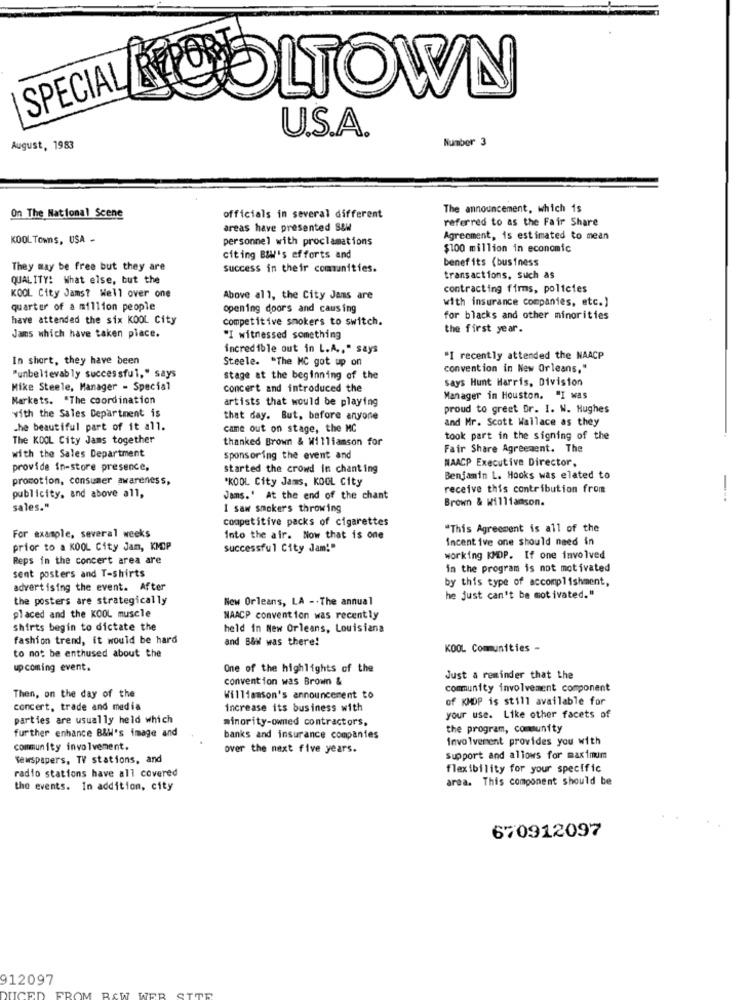
SPECIAL
U.S.A.
Number 3
August, 1983
The announcement, which 1s
On The National Scene
officials in several different
referred to as the Fair Share
areas have presented S&W
KOOL Towns, USA -
personnel with proclamations
Agreement, is estimated to mean
$100 million in economic
citing BIN's efforts and
benefits (business
They may be free but they are
success in their comunities.
QUALITY: What else, but the
transactions, such as
contracting firms, policies
KOOL City Jams? Well over one
Above all, the City Jams are
with insurance companies, etc.)
quarter of a million people
opening doors and causing
have attended the six KOOL City
competitive smokers to switch.
for blacks and other minorities
the first year.
Jams which have taken place.
"I witnessed something
incredible out in L.A ., " says
In short, they have been
Steele. "The MC got up on
"I recently attended the NAACP
convention in New Orleans,"
"unbelievably successful," says
stage at the beginning of the
says Hunt Harris, Division
Mike Steele, Manager - Special
concert and introduced the
Markets. "The coordination
artists that would be playing
Manager in Houston. "I was
proud to greet Dr. I. W. Hughes
with the Sales Department is
that day. But, before anyone
and Mr. Scott Wallace as they
the beautiful part of it all.
came out on stage, the MC
The KOOL City Jams together
thanked Brown & Williamson for
took part in the signing of the
with the Sales Department
Fair Share Agreement. The
sponsoring the event and
NAACP Executive Director,
provide in-store presence,
started the crowd in chant ing
promotion, consumer awareness,
*KOOL City Jams, KOOL City
Benjamin L. Hooks was elated to
publicity, and above all,
receive this contribution from
Jams.' At the end of the chant
Brown & Williamson.
---
sales."
I saw smokers throwing
competitive packs of cigarettes
"This Agreement is all of the
For example, several weeks
Into the air. Now that is one
incent ive one should need in
prior to a KOOL City Jam, KMOP
successful City Jam!"
Reps in the concert area are
working KMDP. If one involved
sent posters and T-shirts
in the program is not motivated
by this type of accomplishment,
advertising the event. After
the posters are strategically
New Orleans, LA -. The annual
he just can't be motivated."
placed and the KOOL muscle
NAACP convention was recently
Shirts begin to dictate the
held in New Orleans, Louisiana
fashion trend, it would be hard
and B&Wl was there!
to not be enthused about the
KOOL Communities -
upcoming event.
One of the highlights of the
convention was Brown &
Just a reminder that the
community involvement component
Then, on the day of the
Williamson's announcement to
of KMDP is still available for
concert, trade and media
increase its business with
parties are usually held which
minority-owned contractors.
your use. Like other facets of
further enhance B&W's image and
the program, community
banks and insurance companies
involvement provides you with
community involvement.
over the next five years.
Newspapers, TV stations, and
Support and allows for maximim
flexibility for your specific
radio stations have all covered
area. This component should be
the events. In addition, city
670912097
912097
WER STTR
UCED
FROM RAW